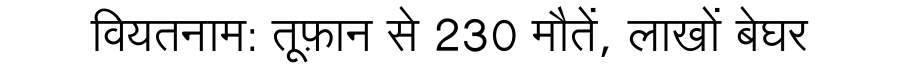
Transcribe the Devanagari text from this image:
वियतनाम: तूफ़ान से 230 मौतें, लाखों बेघर